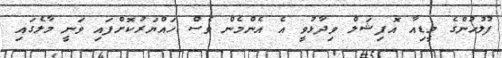
ފުލުހުންގެ މީޑިއާ އޮފިޝަލް ވިދާޅުވީ އެ އެންމެން ވެސް ހައްޔަރުކޮށްފައި ވަނީ މާލެގައި